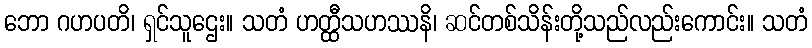
ဘော ဂဟပတိ၊ ရှင်သူဌေး။ သတံ ဟတ္ထီသဟဿနိ၊ ဆင်တစ်သိန်းတို့သည်လည်းကောင်း။ သတံ